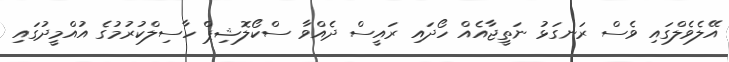
އޭލެވެލްގައި ވެސް ރަނގަޅު ނަތީޖާއެއް ހޯދައި ރައީސް ދެއްވާ ސްކޯލޮޝިޕް ހާސިލްކުރުމުގެ އުއްމީދުގައި